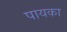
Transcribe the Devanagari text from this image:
पायका